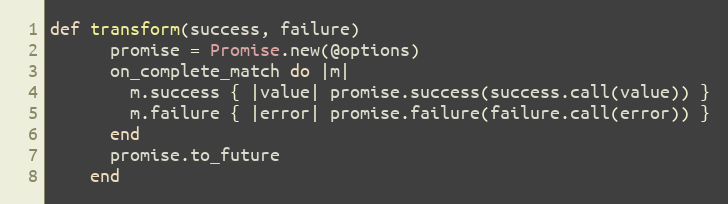
Language: Ruby
def transform(success, failure)
      promise = Promise.new(@options)
      on_complete_match do |m|
        m.success { |value| promise.success(success.call(value)) }
        m.failure { |error| promise.failure(failure.call(error)) }
      end
      promise.to_future
    end